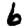
Digit: 6